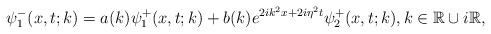
LaTeX: \begin{align*}\psi_1^-(x,t;k)=a(k)\psi_1^+(x,t;k)+b(k) e^{2ik^2x+2i \eta^2t} \psi_2^+(x,t;k), k \in \mathbb{R} \cup i\mathbb{R},\end{align*}